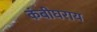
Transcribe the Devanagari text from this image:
कंबीघराय